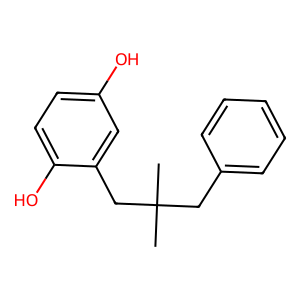
SMILES: CC(C)(Cc1ccccc1)Cc1cc(O)ccc1O
Inhibits HIV replication: Yes